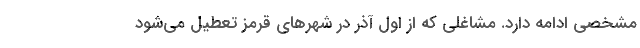
مشخصی ادامه دارد. مشاغلی که از اول آذر در شهرهای قرمز تعطیل می‌شود